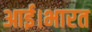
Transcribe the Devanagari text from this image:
आई।भारत